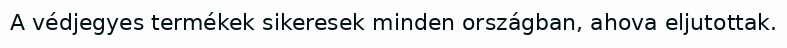
A védjegyes termékek sikeresek minden országban, ahova eljutottak.